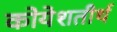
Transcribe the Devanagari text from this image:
कोयेशतीर्थ